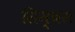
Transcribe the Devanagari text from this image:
सिम्बस